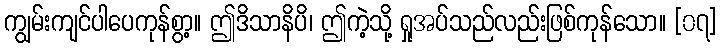
ကျွမ်းကျင်ပါပေကုန်စွာ့။ ဤဒိသာနိပိ၊ ဤကဲ့သို့ ရှုအပ်သည်လည်းဖြစ်ကုန်သော။ [၀၇]